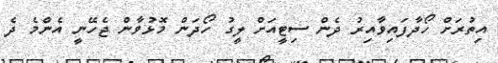
އިތުރަށް ހޯދާފައިވާއިރު ދެން ސިޓީއަށް ލީގު ހޯދަން މޮޅުވާން ޖެހޭނީ އެންމެ ދެ